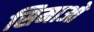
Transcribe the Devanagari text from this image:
सिमाओ